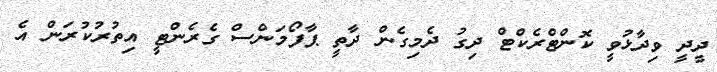
ދީދީ ވިދާޅުވީ ކޮންޓްރެކްޓް ދިގު ދެމިގެން ދާތީ ޕާފޯމަންސް ގެރެންޓީ އިތުރުކުރަން އެ